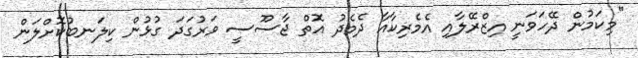
"މިކަމުން ދޭހަވަނީ އިޒްރޭލާއި އެމެރިކާއާ ދެމެދު އޮތް ޖާސޫސީ ވަރުގަދަ ގުޅުން ކިލަނބުކޮށްލަން